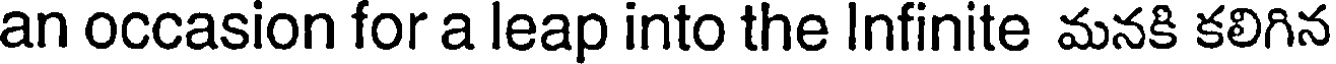
an occasion for a leap into the Infinite మనకి కలిగిన